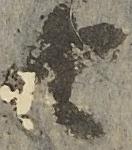
由